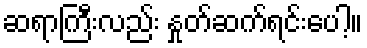
ဆရာကြီးလည်း နှုတ်ဆက်ရင်းပေါ့။